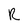
Character: R